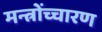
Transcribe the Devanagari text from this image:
मन्त्रोंच्चारण